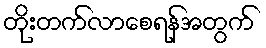
တိုးတက်လာစေရန်အတွက်